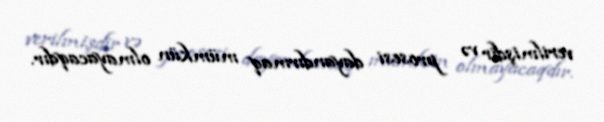
verilmişdir və prosesi dayandırmaq mümkün olmayacaqdır.